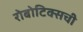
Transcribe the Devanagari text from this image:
रोबोटिक्सची